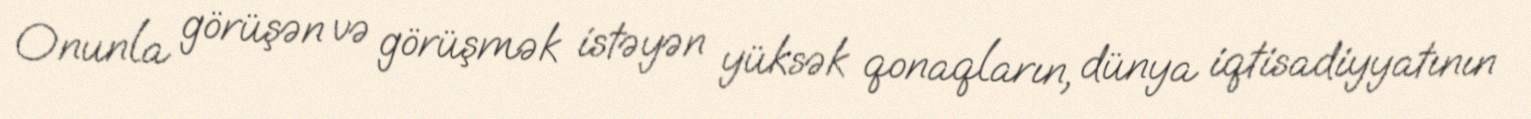
Onunla görüşən və görüşmək istəyən yüksək qonaqların, dünya iqtisadiyyatının